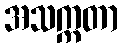
အသက္ကတာ